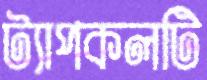
ট্যাপকলটি